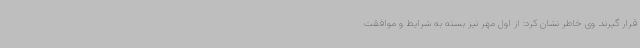
قرار گیرند. وی خاطر نشان کرد: از اول مهر نیز بسته به شرایط و موافقت